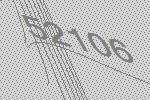
52106